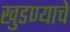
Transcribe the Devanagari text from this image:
खुडण्याचे